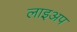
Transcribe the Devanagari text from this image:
लाइअप